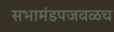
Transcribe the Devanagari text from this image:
सभामंडपजवळच